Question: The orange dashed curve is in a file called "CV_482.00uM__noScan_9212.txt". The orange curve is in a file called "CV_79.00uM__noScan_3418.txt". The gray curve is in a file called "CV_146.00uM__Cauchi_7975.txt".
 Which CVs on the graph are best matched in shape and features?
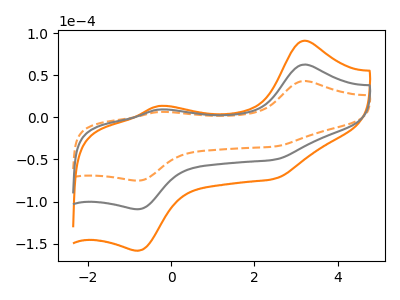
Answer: <think>The orange dashed curve "482.00uM" has anodic peaks at (3.20V, 43.15uA) (-0.30V, 6.35uA) and cathodic peaks at (2.50V, -34.70uA) (-0.80V, -75.15uA). The orange curve "79.00uM" has anodic peaks at (3.20V, 125.25uA) (-0.30V, 18.50uA) and cathodic peaks at (2.50V, -100.65uA) (-0.80V, -218.20uA). The gray curve "146.00uM" has anodic peaks at (3.20V, 62.60uA) (-0.30V, 9.25uA) and cathodic peaks at (2.50V, -50.35uA) (-0.80V, -109.10uA).
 All the peaks in "482.00uM" have a peak in "79.00uM" at the same potential. Every peak in "482.00uM" is lower than every peak in "79.00uM". All the peaks in "482.00uM" have a peak in "146.00uM" at the same potential. Every peak in "482.00uM" is lower than every peak in "146.00uM". All the peaks in "79.00uM" have a peak in "146.00uM" at the same potential. Every peak in "79.00uM" is higher than every peak in "146.00uM".</think>
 <answer>"482.00uM", "79.00uM" and "146.00uM" have the same shape and are likely CV's of the same chemical.</answer>
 <eval>"482.00uM" "79.00uM" "146.00uM"</eval>